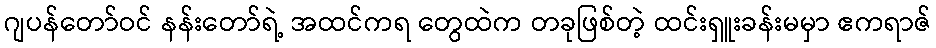
ဂျပန်တော်ဝင် နန်းတော်ရဲ့ အထင်ကရ တွေထဲက တခုဖြစ်တဲ့ ထင်းရှူးခန်းမမှာ ဧကရာဇ်